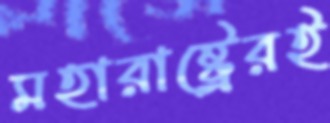
মহারাষ্ট্রেরই